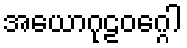
အယောဂုဠဝဂ္ဂေါ